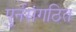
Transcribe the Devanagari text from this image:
पुर्नसंगठित